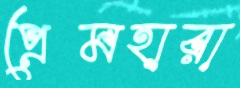
প্রেমহারা